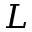
L